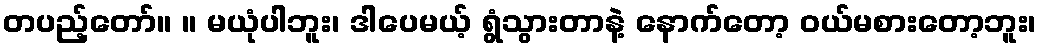
တပည့်တော်။ ။ မယုံပါဘူး၊ ဒါပေမယ့် ရွံသွားတာနဲ့ နောက်တော့ ဝယ်မစားတော့ဘူး၊